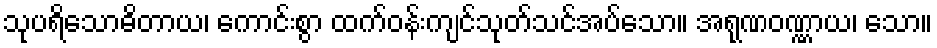
သုပရိသောဓိတာယ၊ ကောင်းစွာ ထက်ဝန်းကျင်သုတ်သင်အပ်သော။ အရုဏဝဏ္ဏာယ၊ သော။